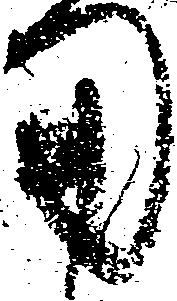
用